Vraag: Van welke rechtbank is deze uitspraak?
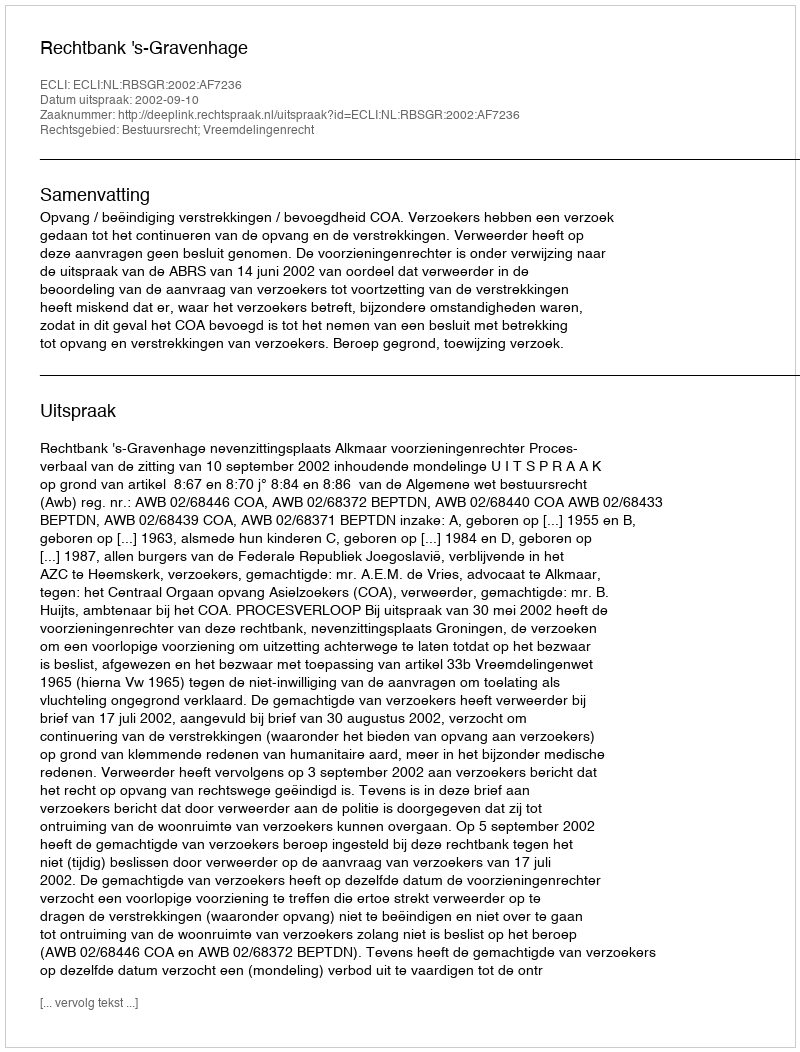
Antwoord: Rechtbank 's-Gravenhage